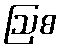
ဩစ